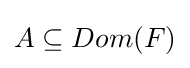
A\subseteq Dom(F)